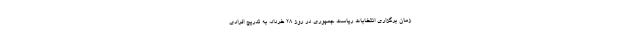
زمان برگزاری انتخابات ریاست جمهوری در روز ۲۸ خرداد، به تدریج افرادی